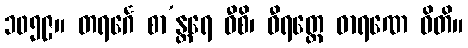
၁၀၅၉။ တရင်္ဂေ စာ’န္တရေ ဝီစိ၊ ဓီရတ္တေ ဓာရဏေ ဓိတိ။